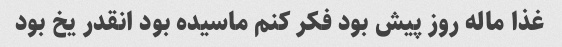
غذا ماله روز پیش بود فکر کنم ماسیده بود انقدر یخ بود